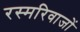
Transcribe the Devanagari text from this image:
रस्मरिवाजों